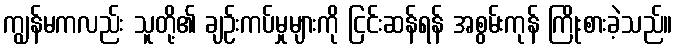
ကျွန်မကလည်း သူတို့၏ ချဉ်းကပ်မှုများကို ငြင်းဆန်ရန် အစွမ်းကုန် ကြိုးစားခဲ့သည်။